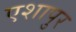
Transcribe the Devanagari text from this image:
एशापुर